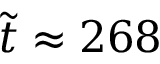
\tilde { t } \approx 2 6 8